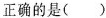
正确的是( )